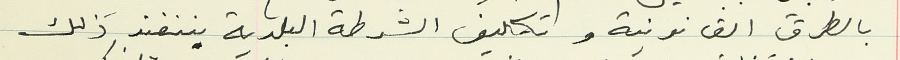
بالطرق القانونية وتكليف الشرطة البلدية بننفىذ ذلك